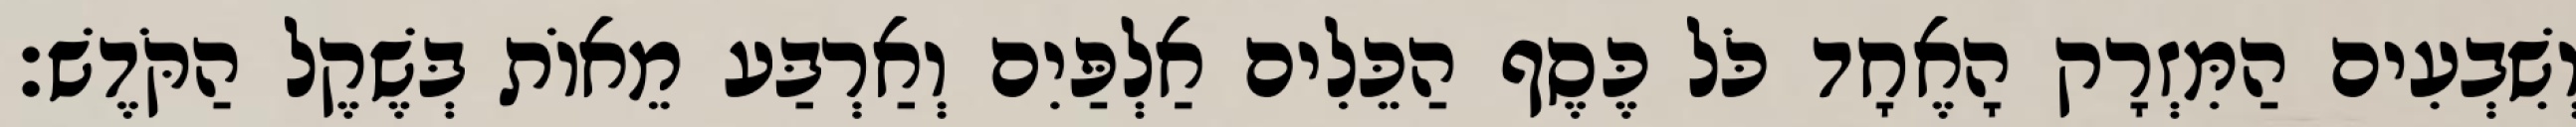
וְשִׁבְעִים הַמִּזְרָק הָאֶחָד כֹּל כֶּסֶף הַכֵּלִים אַלְפַּיִם וְאַרְבַּע מֵאוֹת בְּשֶׁקֶל הַקֹּדֶשׁ׃